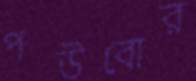
পউবোর